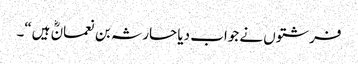
فرشتوں نے جواب دیا حارثہ بن نعمانؓ ہیں“۔